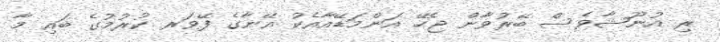
ރި އުނޫޝާވެސް ބޭރުވާން ޖެހޭ އަންމަޑޭއާއެކު އޭނާގެ ފޭވަރ ކުރުމުގެ ބައި މާ